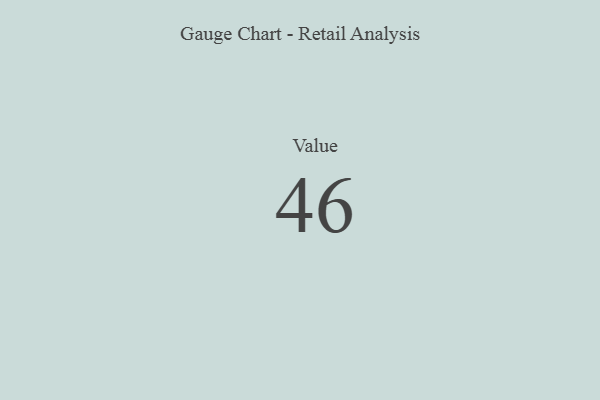
{"axis": {"x": "Metric", "y": "Value"}, "legend": [""], "data": [{"x": "Value", "y": 46, "type": ""}]}